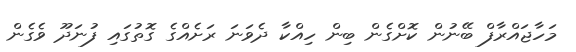
މަހާޖައްރާފް ބޭނުން ކޮށްގެން ބިން ހިއްކާ ދެވަނަ ރަށެއްގެ ގޮތުގައި ފުނަދޫ ވެގެން